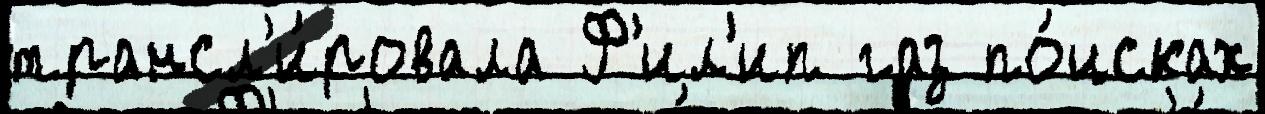
трансл'и́ровала Ф'ил'ип газ по́исках